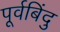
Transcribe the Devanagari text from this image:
पूर्वबिंदु